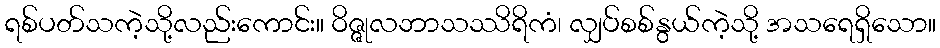
ရစ်ပတ်သကဲ့သို့လည်းကောင်း။ ဝိဇ္ဇုလဘာသဿိရိကံ၊ လျှပ်စစ်နွယ်ကဲ့သို့ အသရေရှိသော။